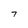
Character: 7